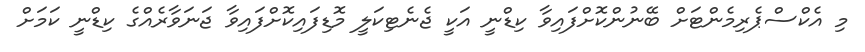
މި އެކްސްޕެރިމެންޓަށް ބޭނުންކޮށްފައިވާ ކިޑްނީ އަކީ ޖެނެޓިކަލީ މޮޑިފައިކޮށްފައިވާ ޖަނަވާރެއްގެ ކިޑްނީ ކަމަށް